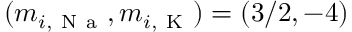
( m _ { i , \mathrm { ~ N ~ a ~ } } , m _ { i , \mathrm { ~ K ~ } } ) = ( 3 / 2 , - 4 )